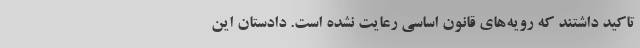
تاکید داشتند که رویه‌های قانون اساسی رعایت نشده است. دادستان این